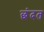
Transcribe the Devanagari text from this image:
छंदत